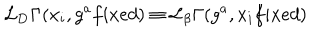
{ \cal L } _ { \bf D } \Gamma ( x _ { i } , g ^ { a } f i x e d ) \equiv { \cal L } _ { \bf \beta } \Gamma ( g ^ { a } , x _ { i } f i x e d )